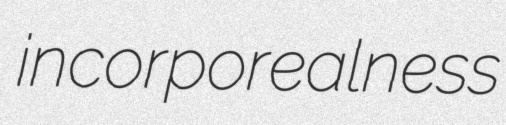
incorporealness